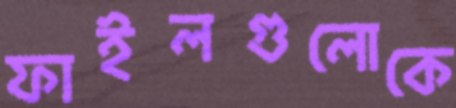
ফাইলগুলোকে